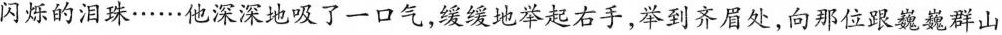
闪烁的泪珠……他深深地吸了一口气，缓缓地举起右手，举到齐眉处，向那位跟巍巍群山